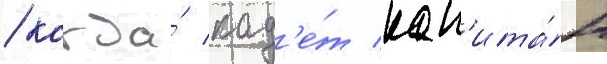
/ когда́ кад'е́т кап'ита́н